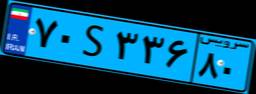
۱۰S۸۲۶۴۶